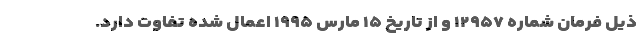
ذیل فرمان شماره ۱۲۹۵۷ و از تاریخ ۱۵ مارس ۱۹۹۵ اعمال شده تفاوت دارد.